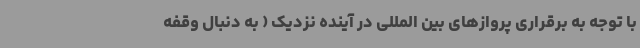
با توجه به برقراری پروازهای بین المللی در آینده نزدیک ( به دنبال وقفه